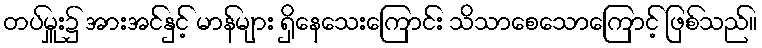
တပ်မှူး၌ အားအင်နှင့် မာန်များ ရှိနေသေးကြောင်း သိသာစေသောကြောင့် ဖြစ်သည်။